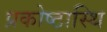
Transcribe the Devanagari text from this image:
प्रकोष्ठास्थि